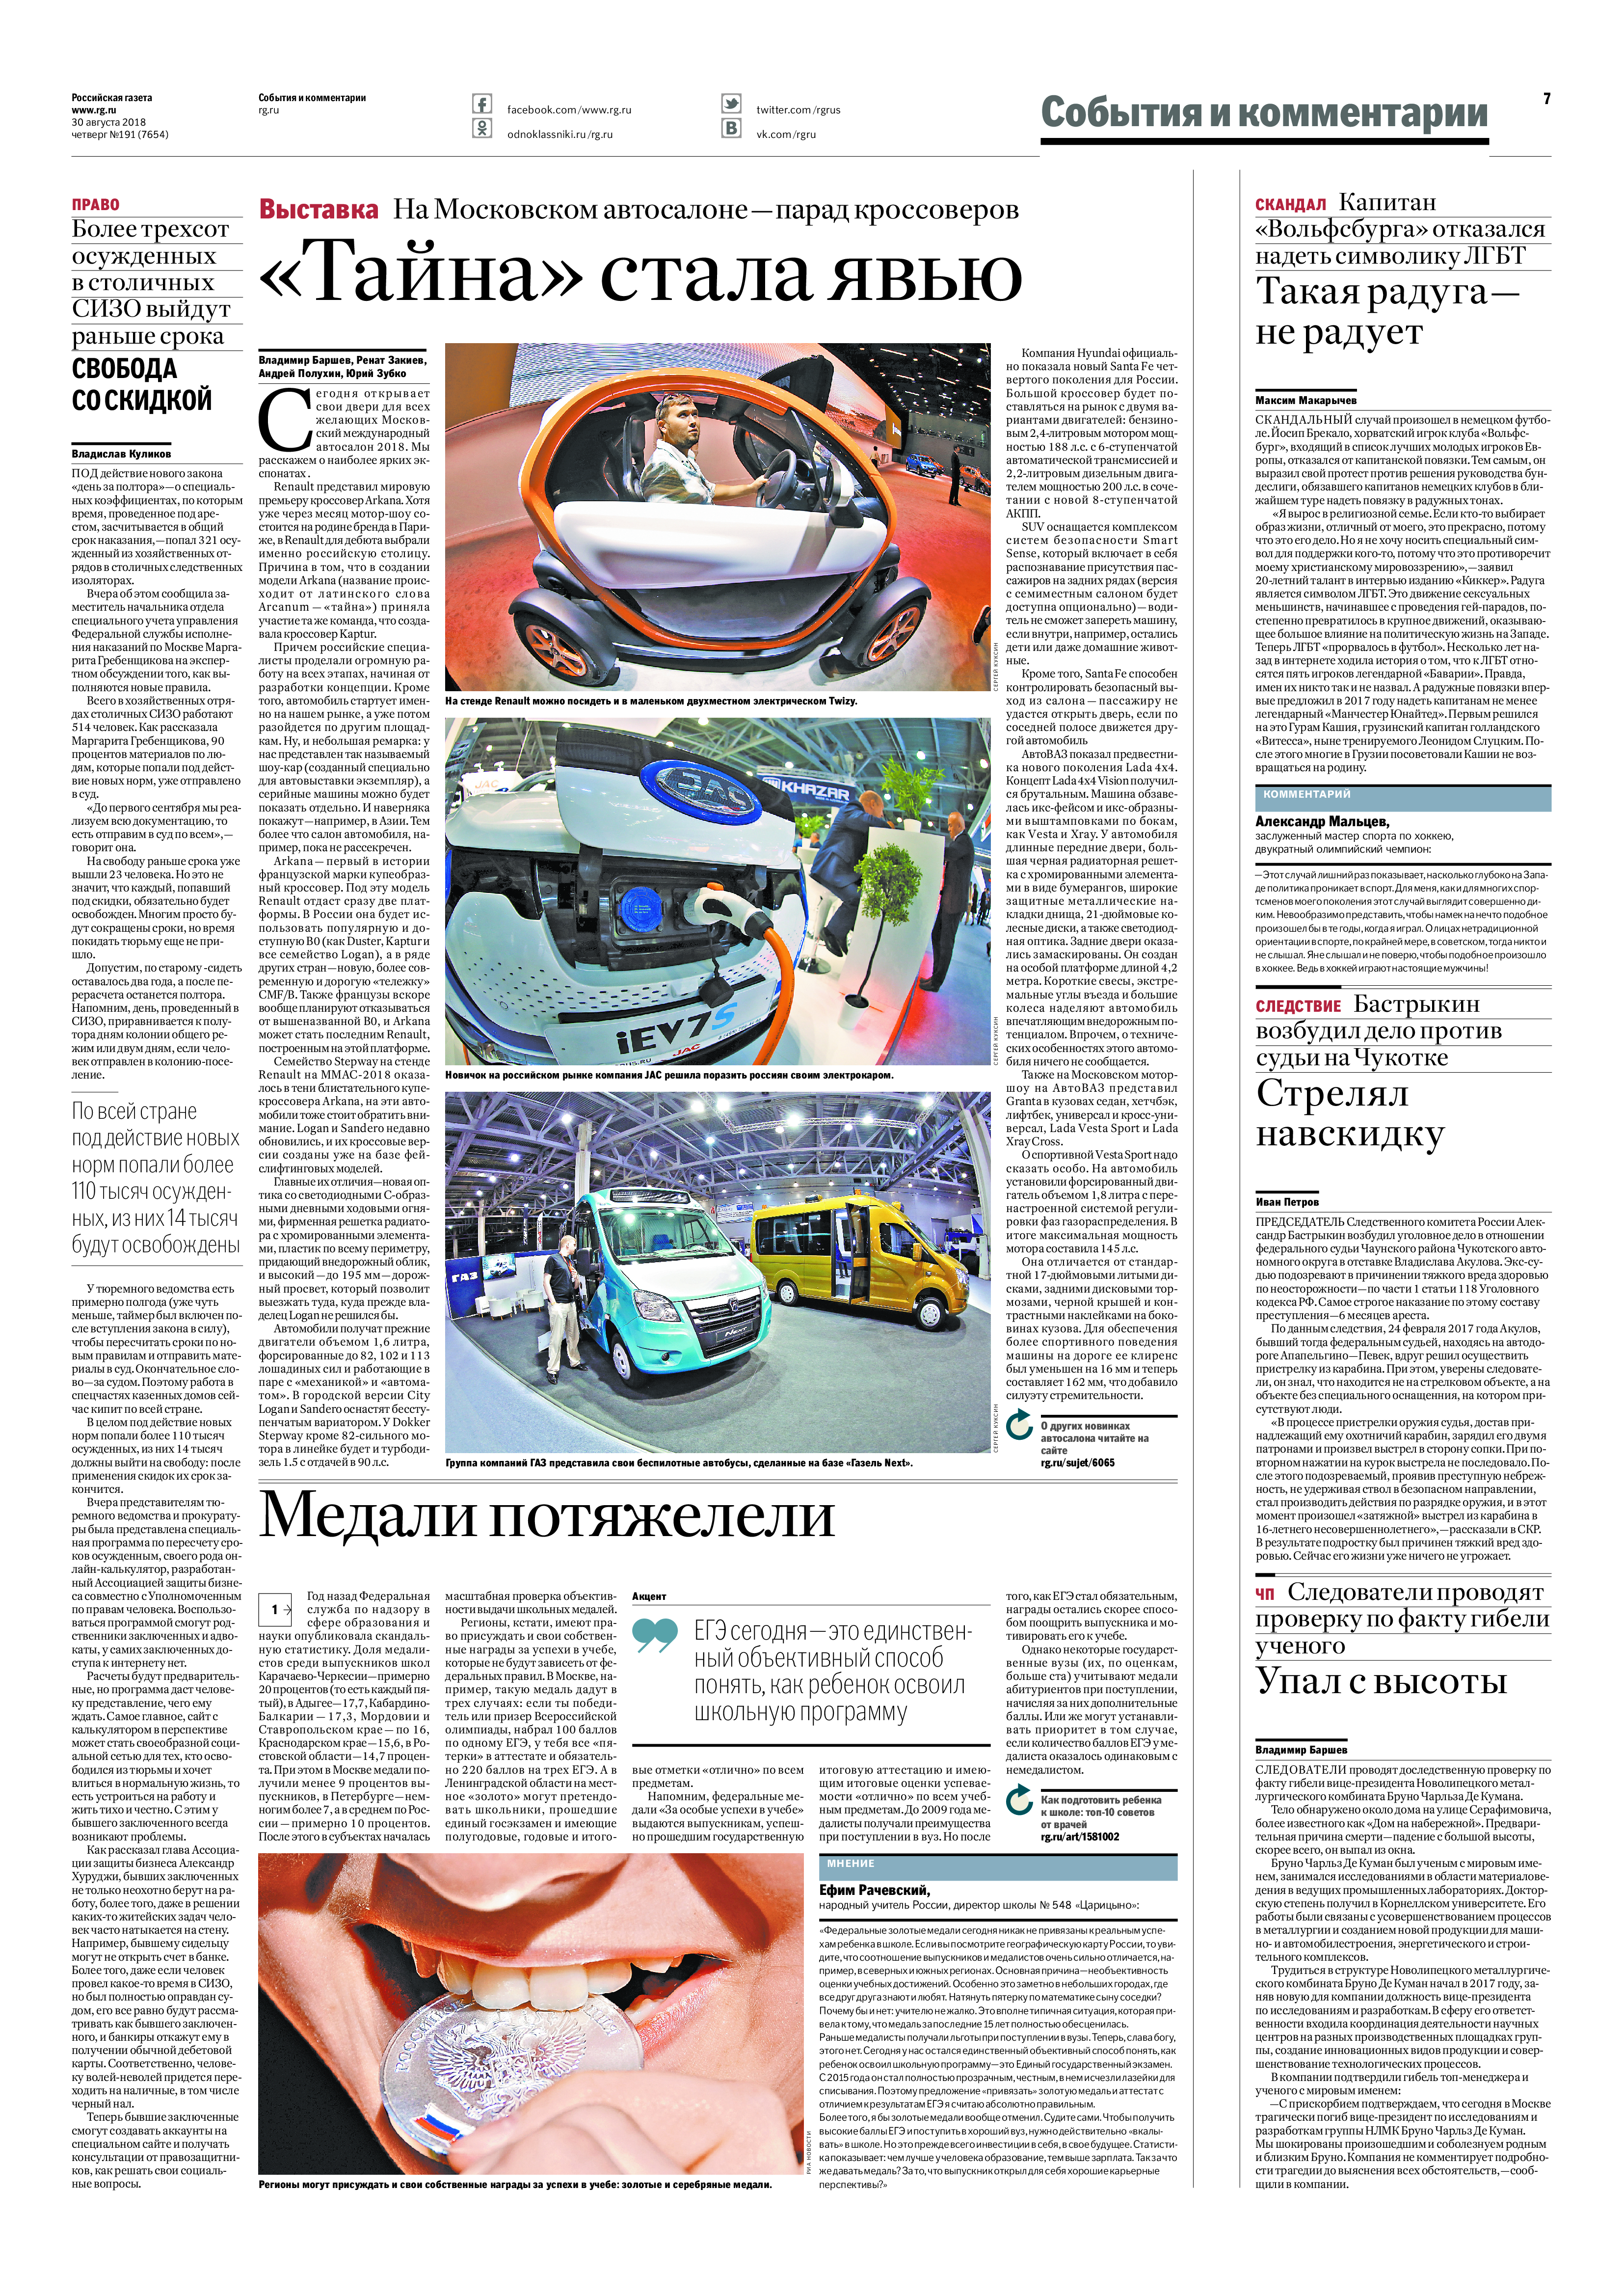
Language: ru